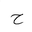
Letter: _ha